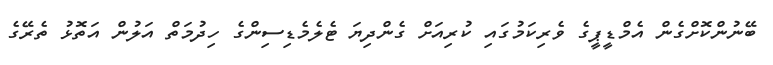
ބޭނުންކޮށްގެން އެމްޑީޕީގެ ވެރިކަމުގައި ކުރިއަށް ގެންދިޔަ ޓެލެމެޑިސިންގެ ހިދުމަތް އަލުން އަތޮޅު ތެރޭގެ